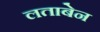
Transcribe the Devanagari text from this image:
लताबेन